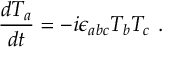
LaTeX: \frac { d T _ { a } } { d t } = - i \epsilon _ { a b c } T _ { b } T _ { c } ~ .